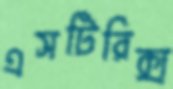
এসটিরিক্স